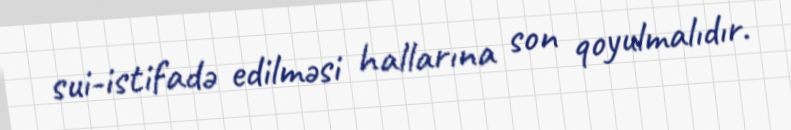
sui-istifadə edilməsi hallarına son qoyulmalıdır.